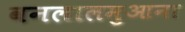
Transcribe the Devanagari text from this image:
वनलालमुआना